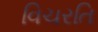
વિચરતિ